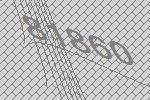
81860